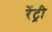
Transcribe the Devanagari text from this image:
रेंट्री